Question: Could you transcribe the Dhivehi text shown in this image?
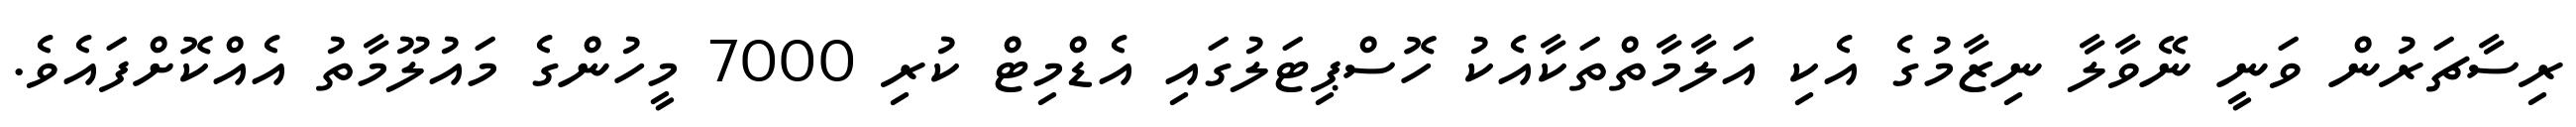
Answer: ރިސާޗަރުން ވަނީ ނޭވާލާ ނިޒާމުގެ އެކި އަލާމާތްތަކާއެކު ހޮސްޕިޓަލުގައި އެޑްމިޓް ކުރި 7000 މީހުންގެ މައުލޫމާތު އެއްކޮށްފައެވެ.